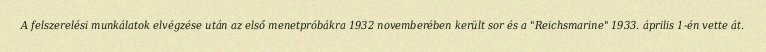
A felszerelési munkálatok elvégzése után az első menetpróbákra 1932 novemberében került sor és a "Reichsmarine" 1933. április 1-én vette át.